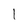
Character: 1